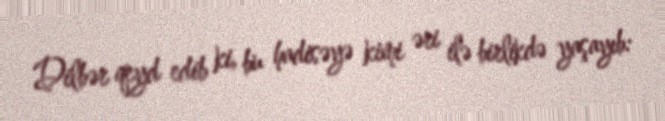
Dilbər qeyd edib ki, bu hadisəyə kimi əri ilə birlikdə yaşayıb: